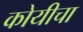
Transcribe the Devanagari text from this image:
कोयीचा